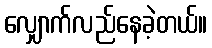
လျှောက်လည်နေခဲ့တယ်။